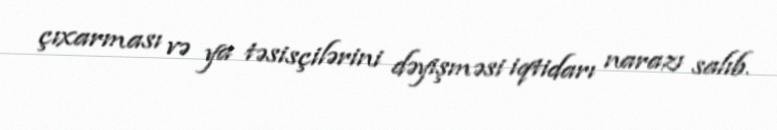
çıxarması və ya təsisçilərini dəyişməsi iqtidarı narazı salıb.